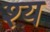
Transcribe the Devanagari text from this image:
श्य